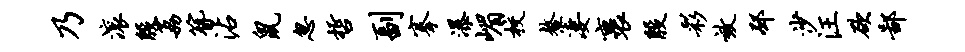
乃滚殷荔簪沾鼠忽哲副搴瀑嵋校鳌凄裹殷彩效邳沙汪欲鄙